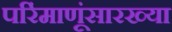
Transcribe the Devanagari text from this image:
परिंमाणूंसारख्या